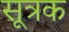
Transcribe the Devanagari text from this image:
सूत्रक